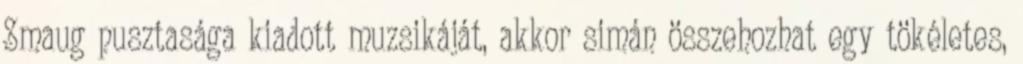
Smaug pusztasága kiadott muzsikáját, akkor simán összehozhat egy tökéletes,